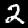
Label: 2